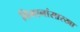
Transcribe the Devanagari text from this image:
विमानांसारखा